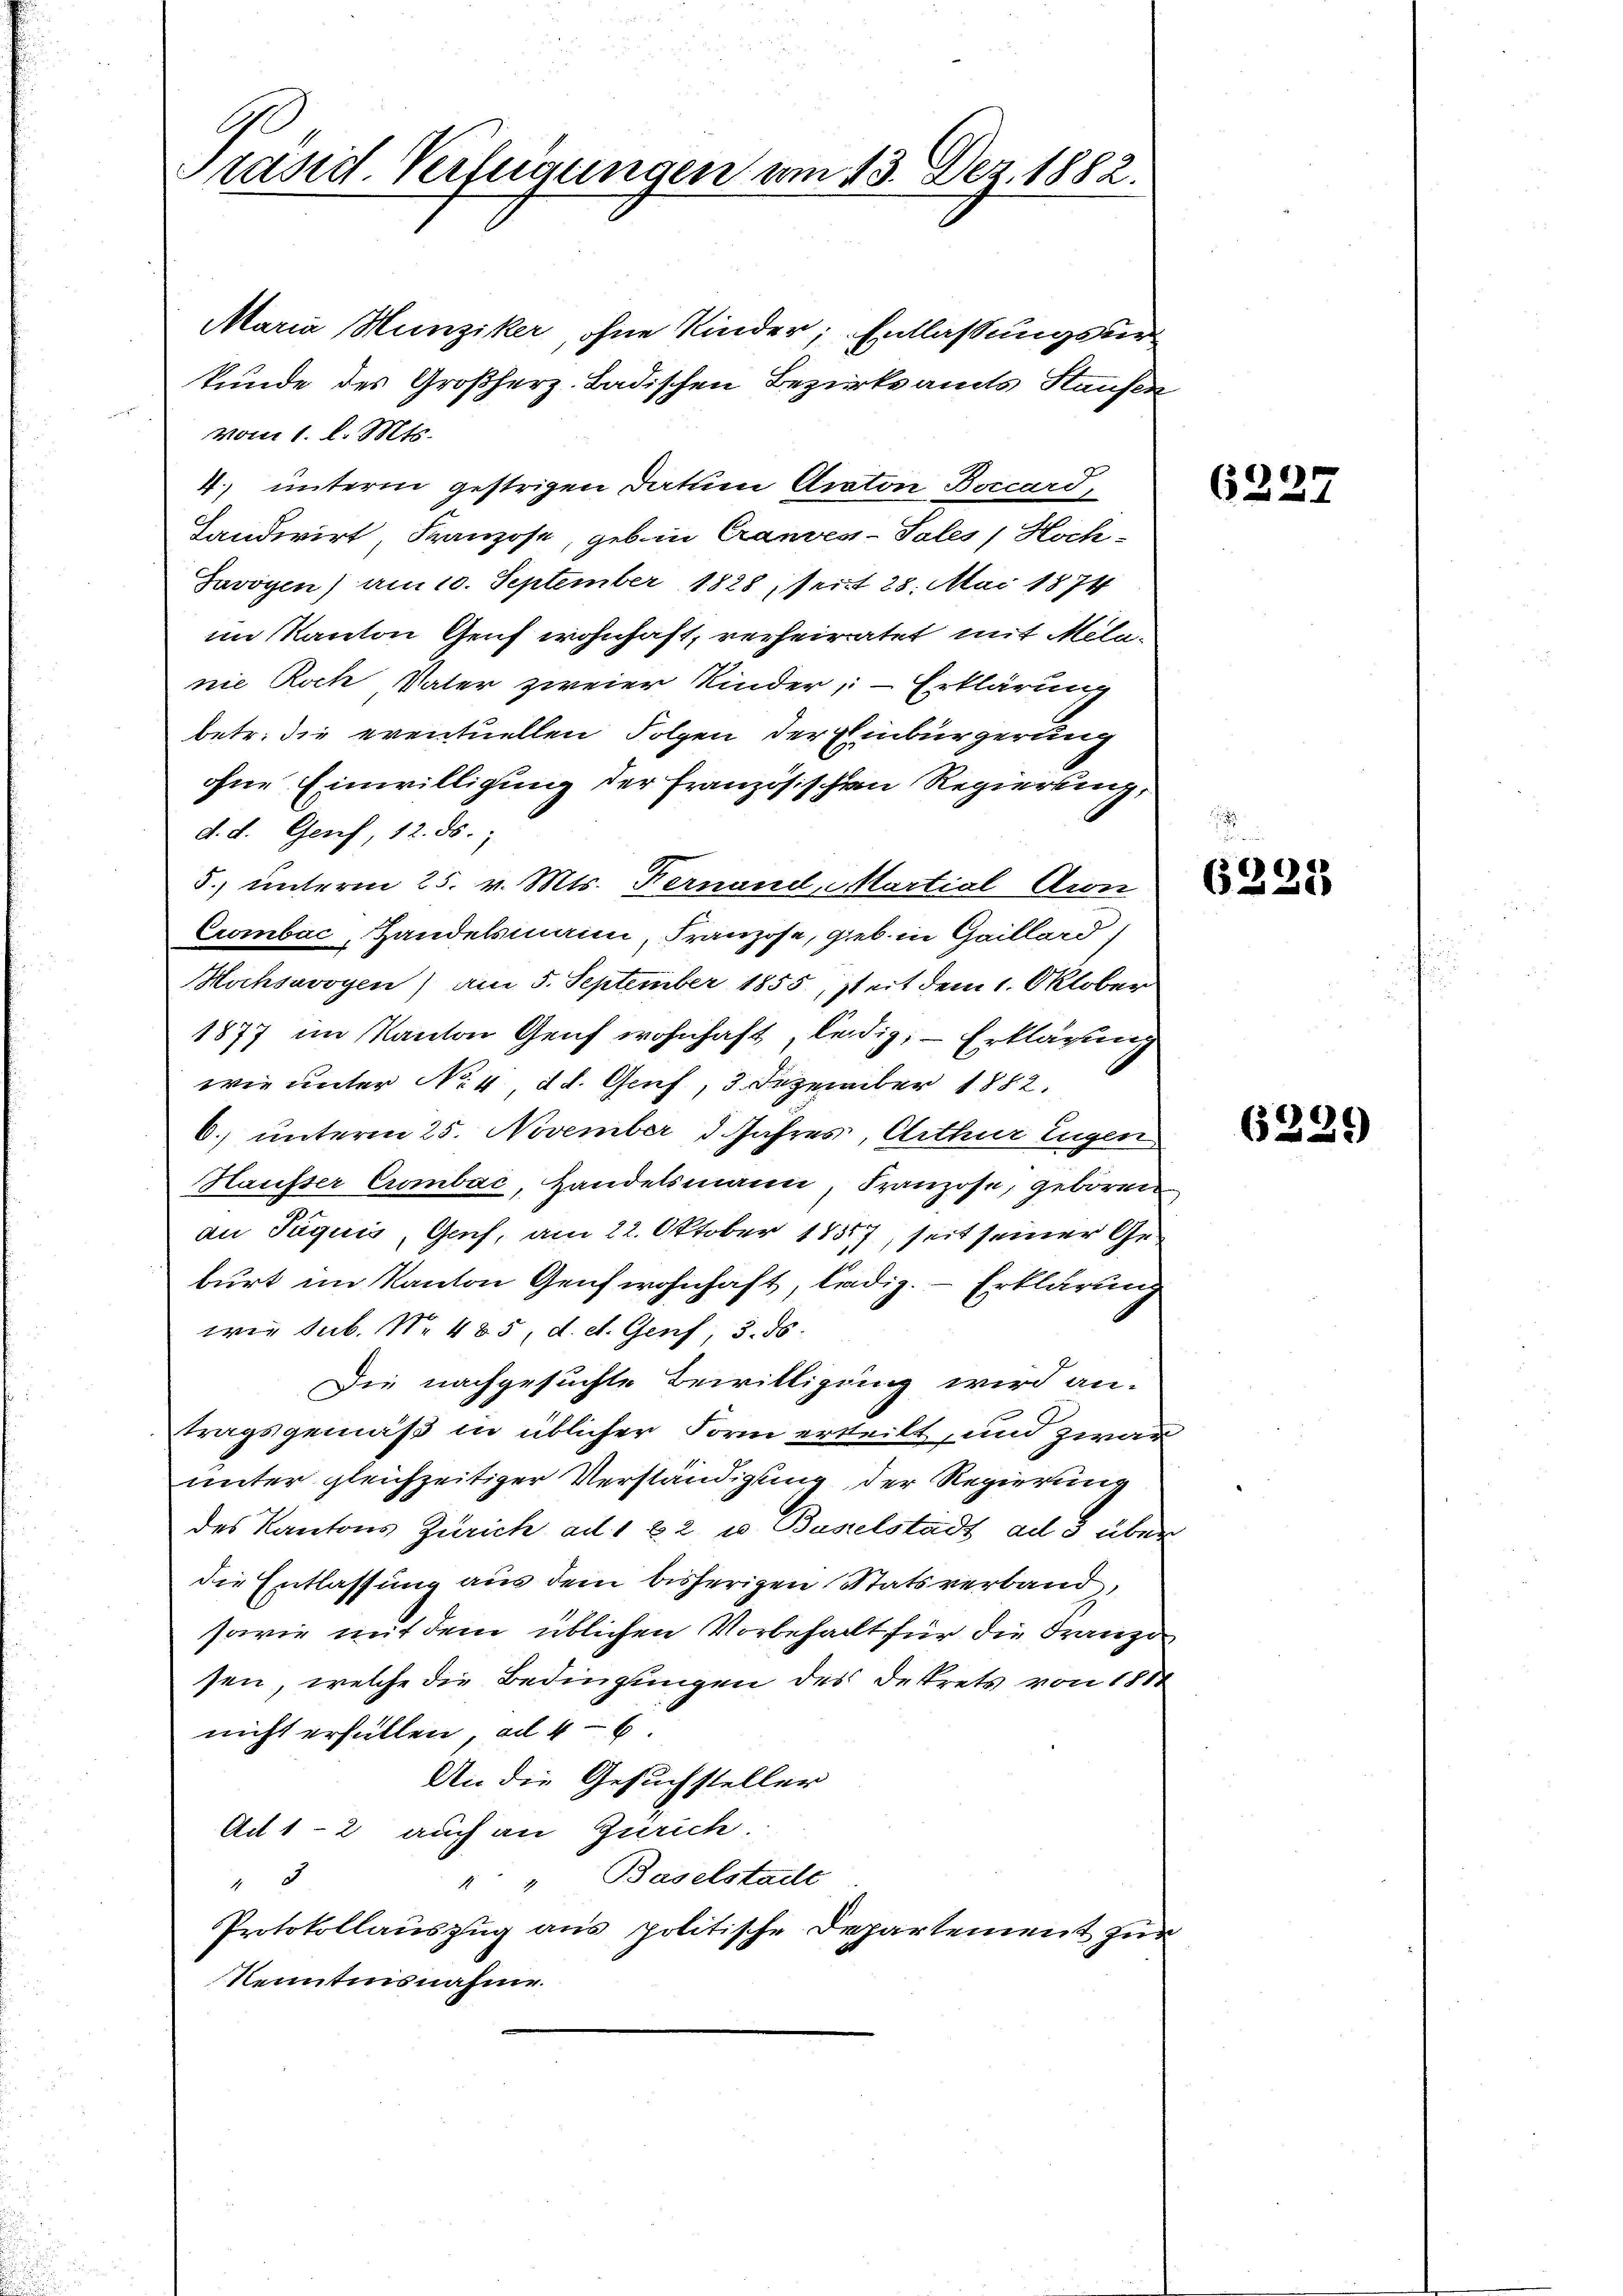
C
Präsidl Verfügungen am 13. Dez. 1882.

Maria Hunziker, ohne Kinder; Entlassungsverkunde des Großherz. Badischen Bezirksamts Staufen
vom 1. l. Mts.
4.) unterm gestrigen Datum Acaton Boccard
Tandwirt Franzose, geb in Crandes-Sales / Hoch-
Savoyen) am 10. September 1828, seit 28. Mai 1874
im Kanton Genf wohnhaft, verheiratet mit Milanie Roch Vater zweier Kinder, Erklärung
betr. die eventuellen Folgen der Einbürgerung
ohne Einwilligung der Französischen Regierung,
d. d. Genf, 12. ds.
5.) unterm 25. v. Mts. Fernand, Martial-Aron
Crombac, Handelsmann, Franzose, geb. in Gaillard
Hochsavoyen) am 5. September 1855, seit dem 1. Oktober
1877 im Kanton Genf wohnhaft, ledig; — Erklärung
wie unter No. 4 d. d. Genf, 3. Dezember 1882.
6.) unterm 25. November d. Jahres, Arthur Eugen
Haufser Crombac, Handelsmann, Franzose, geboren
an Paquis, Gach, am 22. Oktober 1887, seit seiner Geburt im Kanton Genf wohnhaft, ledig. – Erklärung
weg sub. Nr. 485, d. d. Genf, 3. ds.
Die nachgesuchte Bewilligung wird an-
tragsgemäß in üblicher Form erteilt, und zwar
unter gleichzeitiger Verständigung der Regierung
des Kantons Zürich ad 1 22 u. Baselstadt ad 3 über
die Entlassung aus dem bisherigen Statsverband,
sowie mit dem üblichen Vorbehalt für die Franzö
sen, welche die Bedingungen des Dekrets von 1810
nicht erfüllen, ad 46
An die Gesuchsteller
Ad 1-2 auch an Zürich.
" " Baselstadte
3
Protokollauszug aus politische Departement zur
Nenntnisnahme.

6227

6225

6339